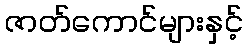
ဇာတ်ကောင်များနှင့်